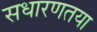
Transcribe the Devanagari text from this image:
सधारणतया